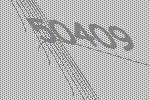
50409